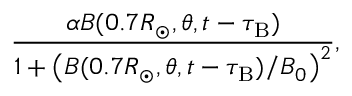
\frac { \alpha { B } ( 0 . 7 R _ { \odot } , \theta , t - \tau _ { \mathrm { B } } ) } { 1 + \left( { { B } ( 0 . 7 R _ { \odot } , \theta , t - \tau _ { \mathrm { B } } ) } / { B _ { 0 } } \right) ^ { 2 } } ,